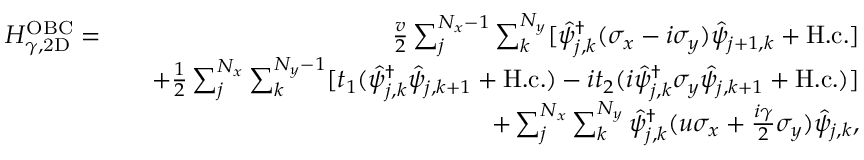
\begin{array} { r l r } { H _ { \gamma , \mathrm { 2 D } } ^ { \mathrm { O B C } } = } & { } & { \frac { v } { 2 } \sum _ { j } ^ { N _ { x } - 1 } \sum _ { k } ^ { N _ { y } } [ \hat { \psi } _ { j , k } ^ { \dag } ( \sigma _ { x } - i \sigma _ { y } ) \hat { \psi } _ { j + 1 , k } + \mathrm { H . c . } ] } \\ & { } & { + \frac { 1 } { 2 } \sum _ { j } ^ { N _ { x } } \sum _ { k } ^ { N _ { y } - 1 } [ t _ { 1 } ( \hat { \psi } _ { j , k } ^ { \dag } \hat { \psi } _ { j , k + 1 } + \mathrm { H . c . } ) - i t _ { 2 } ( i \hat { \psi } _ { j , k } ^ { \dag } \sigma _ { y } \hat { \psi } _ { j , k + 1 } + \mathrm { H . c . } ) ] } \\ & { } & { + \sum _ { j } ^ { N _ { x } } \sum _ { k } ^ { N _ { y } } \hat { \psi } _ { j , k } ^ { \dag } ( u \sigma _ { x } + \frac { i \gamma } { 2 } \sigma _ { y } ) \hat { \psi } _ { j , k } , } \end{array}